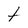
Character: T